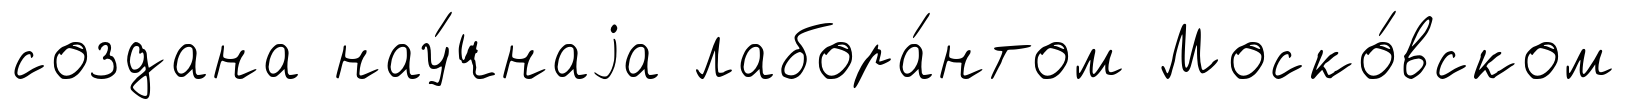
создана нау́чнаjа лабора́нтом Моско́вском